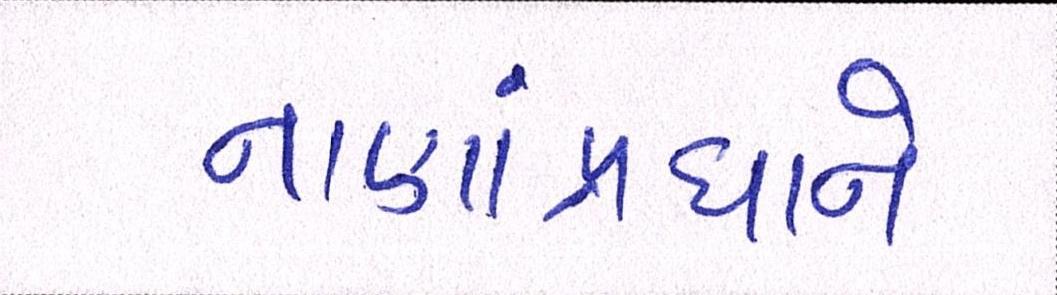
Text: નાણાંપ્રધાને